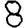
Digit: 8